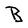
Character: B